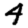
Digit: 4